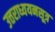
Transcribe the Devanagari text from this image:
उत्तराध्ययनसूत्र